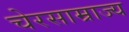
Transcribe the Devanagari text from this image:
चेरसाम्राज्य